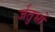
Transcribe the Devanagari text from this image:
र्जतुभों